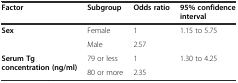
| Factor | Subgroup | Odds ratio | 95% confidence interval |
 | --- | --- | --- | --- |
 | <ROWSPAN=2> Sex | Female | 1 | <ROWSPAN=2> 1.15 to 5.75 |
 | Male | 2.57 |
 | <ROWSPAN=2> Serum Tg concentration (ng/ml) | 79 or less | 1 | <ROWSPAN=2> 1.30 to 4.25 |
 | 80 or more | 2.35 |